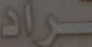
ـراد